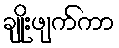
ချိုးဖျက်ကာ